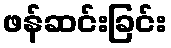
ဖန်ဆင်းခြင်း